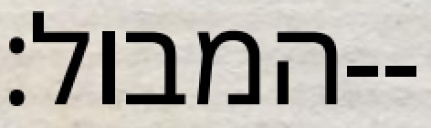
המבול׃--